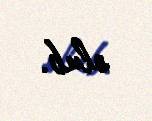
olub.